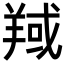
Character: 𦎘